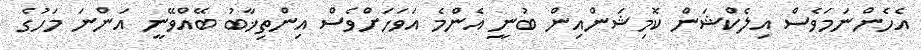
އެހެންނަމަވެސް އިލެކްޝަން ކޮމިޝަންއިން ބުނީ އެންމެ އަވަހަށްވެސް އިންތިޚާބު ބޭއްވޭނީ އަންނަ މަހުގެ